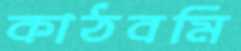
কাঠবমি